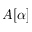
A [ \alpha ]